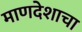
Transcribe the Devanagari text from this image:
माणदेशाचा